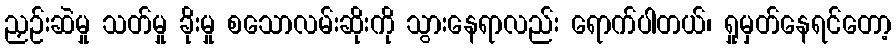
ညှဉ်းဆဲမှု သတ်မှု ခိုးမှု စသောလမ်းဆိုးကို သွားနေရာလည်း ရောက်ပါတယ်၊ ရှုမှတ်နေရင်တော့